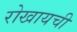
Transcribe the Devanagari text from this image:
रोखायची